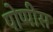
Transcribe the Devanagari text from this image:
पोप्पीेस